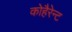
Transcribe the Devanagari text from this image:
कोहैरेन्ट